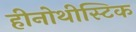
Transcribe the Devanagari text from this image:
हीनोथीस्टिक